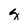
Character: g